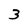
Character: 3